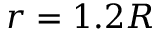
r = 1 . 2 R _ { \sun }